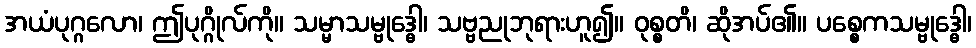
အယံပုဂ္ဂလော၊ ဤပုဂ္ဂိုလ်ကို။ သမ္မာသမ္ဗုဒ္ဓေါ၊ သဗ္ဗညုဘုရားဟူ၍။ ဝုစ္စတိ၊ ဆိုအပ်၏။ ပစ္စေကသမ္ဗုဒ္ဓေါ၊